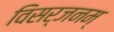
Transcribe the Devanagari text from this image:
विसर्जनम्